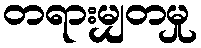
တရားမျှတမှု